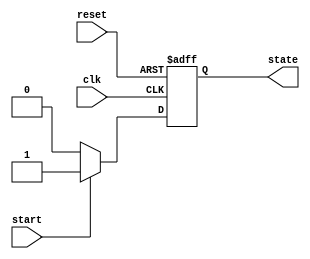
module event_control_fsm (
    input wire clk,         // Clock signal
    input wire reset,       // Reset signal
    input wire start,       // Input signal to start the state machine
    output reg state        // Current state output (0 or 1)
);

// State encoding
localparam S0 = 1'b0;   // State 0
localparam S1 = 1'b1;   // State 1

// Initial state
initial begin
    state = S0; // Initialize to state S0
end

// Event control for FSM using clock and reset signals
always @(posedge clk or posedge reset) begin
    if (reset) begin
        state <= S0; // Reset state to S0
    end else begin
        case (state)
            S0: begin
                if (start) begin
                    state <= S1; // Transition to S1 on start signal
                end
                // Remain in S0 if start is low
            end
            S1: begin
                if (~start) begin
                    state <= S0; // Transition back to S0 if start is low
                end
                // Remain in S1 if start is high
            end
            default: state <= S0; // Default state
        endcase
    end
end

endmodule